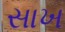
સાખ